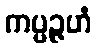
ကပ္ပဉ္ဇဟံ